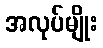
အလုပ်မျိုး